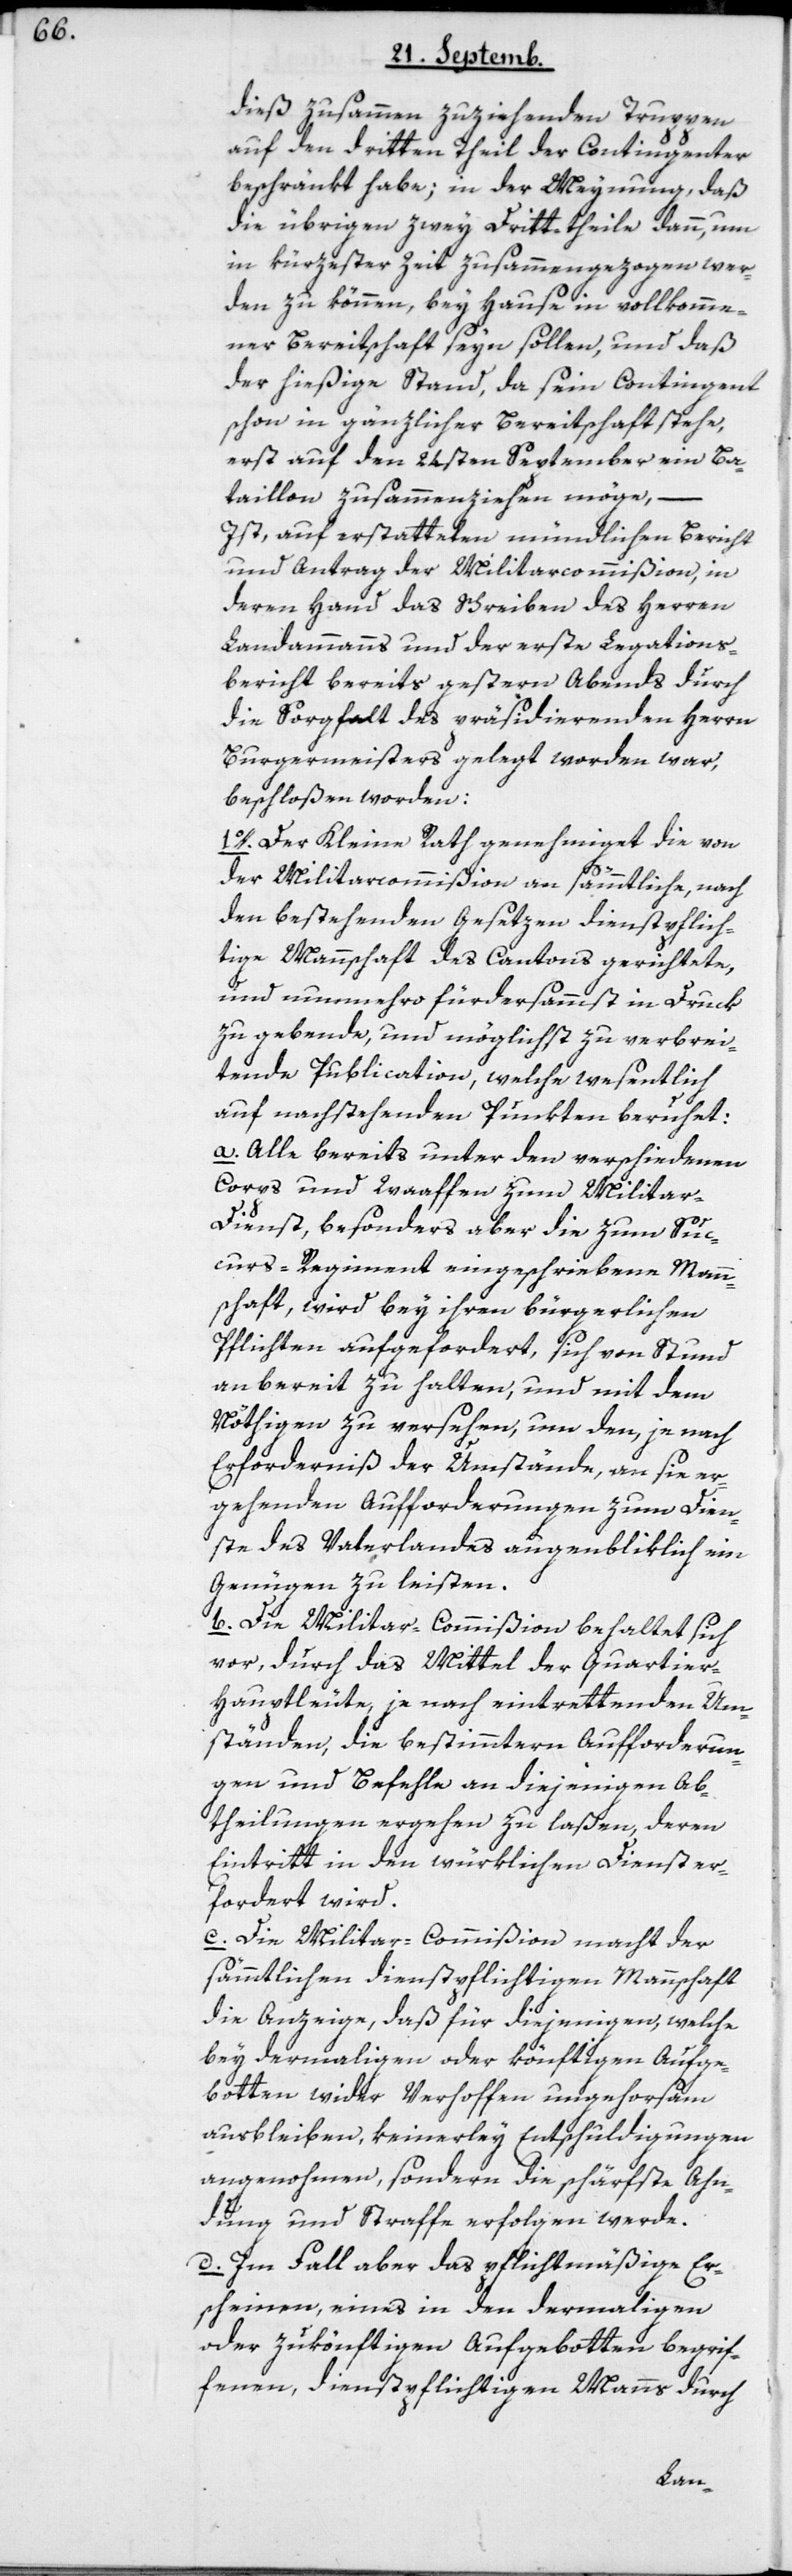
dieß zusammen zu ziehenden Truppen
auf den dritten Theil der Contingenter
beschränkt habe; in der Meynung, daß
die übrigen zwey Dritt-theile dann, um
in kürzester Zeit zusammengezogen wer¬
den zu können, bey Hause in vollkomme¬
ner Bereitschaft seyn sollen, und daß
der hießige Stand, da sein Contingent
schon in gänzlicher Bereitschaft stehe,
erst auf den 24sten September ein Ba¬
taillon zusammenziehen möge, –
Ist auf erstatteten mündlichen Bericht
und Antrag der Militarcommißion, in
deren Hand das Schreiben des Herren
Landammanns und der erste Legations¬
bericht bereits gestern Abends durch
die Sorgfalt des präsidierenden Herrn
Burgermeisters gelegt worden war,
beschloßen worden:
1o. Der Kleine Rath genehmiget die von
der Militarcommißion an sämmtliche, nach
den bestehenden Gesetzen dienstpflich¬
tige Mannschaft des Cantons gerichtete,
und nunmehro fürdersammtst in Druck
zu gebende, und möglichst zu verbrei¬
tende Publication, welche wesentlich
auf nachstehenden Punkten beruhet:
a) Alle bereits unter den verschiedenen
Corps und Waaffen zum Militar-D¬
ienst, besonders aber die zum Suc¬
curs-Regiment eingeschriebene Mann¬
schaft, wird bey ihren bürgerlichen
Pflichten aufgefordert, sich von Stund
an bereit zu halten, und mit dem
Nöthigen zu versehen, um den, je nach
Erforderniß der Umstände, an sie er¬
gehenden Aufforderungen zum Dien¬
ste des Vaterlandes augenbliklich ein
Genügen zu leisten.
b) Die Militar-Commißion behaltet sich
vor, durch das Mittel der Quartier¬
hauptleute, je nach eintrettenden Um¬
ständen, die bestimmtern Aufforderun¬
gen und Befehle an diejenigen Ab¬
theilungen ergehen zu laßen, deren
Eintritt in den würklichen Dienst er¬
fordert wird.
c) Die Militar-Commißion macht der
sämmtlichen dienstpflichtigen Mannschaft
die Anzeige, daß für diejenigen, welche
bey dermaligen oder könftigen Aufge¬
botten wider Verhoffen ungehorsam
ausbleiben, keinerley Entschuldigungen
angenohmen, sondern die schärfste Ahn¬
dung und Straffe erfolgen werde.
d) Im Fall aber das pflichtmäßige Er¬
scheinen, eines in den dermahligen
oder zukönftigen Aufgebotten begrif¬
fenen, dienstpflichtigen Manns durch